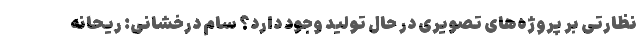
نظارتی بر پروژه‌های تصویری در حال تولید وجود دارد؟ سام درخشانی: ریحانه